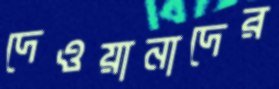
দেওয়ানাদের